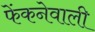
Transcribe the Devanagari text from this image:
फेंकनेवाली